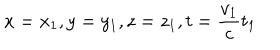
LaTeX: x = x _ { 1 } , y = y _ { 1 } , z = z _ { 1 } , t = \frac { v _ { 1 } } c t _ { 1 }